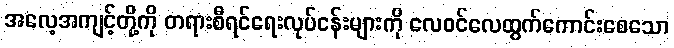
အလေ့အကျင့်တို့ကို တရားစီရင်ရေးလုပ်ငန်းများကို လေဝင်လေထွက်ကောင်းစေသော